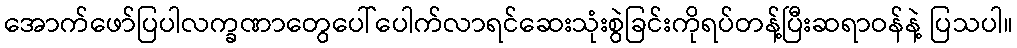
အောက်ဖော်ပြပါလက္ခဏာတွေပေါ်ပေါက်လာရင်ဆေးသုံးစွဲခြင်းကိုရပ်တန့်ပြီးဆရာဝန်နဲ့ ပြသပါ။